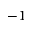
- 1